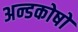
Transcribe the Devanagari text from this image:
अन्डकोषो